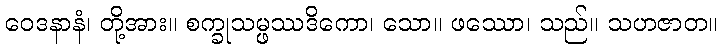
ဝေဒနာနံ၊ တို့အား။ စက္ခုသမ္ဖဿဒိကော၊ သော။ ဖဿော၊ သည်။ သဟဇာတ။